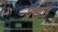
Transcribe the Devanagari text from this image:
प्रखंड़